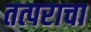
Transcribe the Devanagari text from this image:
तत्पराचा